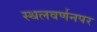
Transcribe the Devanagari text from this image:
स्थलवर्णनपर